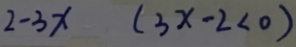
2 - 3 x ( 3 x - 2 < 0 )